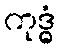
ကုဒ္ဓံ